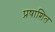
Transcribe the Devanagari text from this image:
प्रषाशित